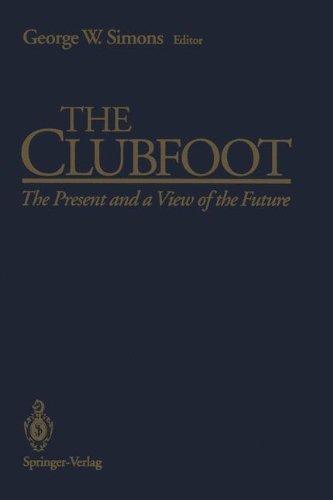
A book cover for The Clubfoot: The Present and a View of the Future; Medical Books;